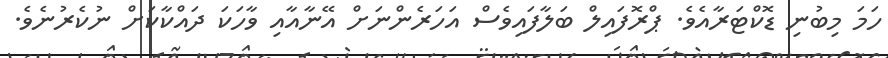
ހަމަ މިބުނި ޑޮކްޓަރާއެވެ. ޕްރޮފައިލް ބަލާފައިވެސް އަހަަރެންނަށް އޭނާއާއި ވާހަކަ ދައްކާކަށް ނުކެރުނެވެ.